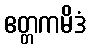
ဧတ္တကမိဒံ